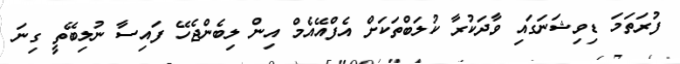
ފުރަތަމަ ޑިވިޝަނަގައި ވާދަކުރާ ކުލަބްތަކަށް އެފްއޭއެމް އިން ލިބެންޖެހޭ ފައިސާ ނުލިބޭތީ ގިނަ